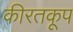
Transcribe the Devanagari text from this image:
कीरतकूप